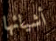
أشيائها